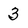
Character: 3